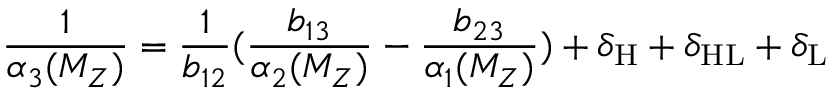
\frac { 1 } { \alpha _ { 3 } ( M _ { Z } ) } = \frac { 1 } { b _ { 1 2 } } ( \frac { b _ { 1 3 } } { \alpha _ { 2 } ( M _ { Z } ) } - \frac { b _ { 2 3 } } { \alpha _ { 1 } ( M _ { Z } ) } ) + \delta _ { \mathrm { H } } + \delta _ { \mathrm { H L } } + \delta _ { \mathrm { L } }